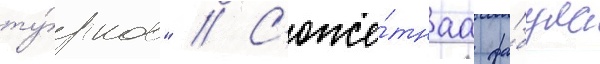
ту́рков" // С'юже́тнаа фа́була